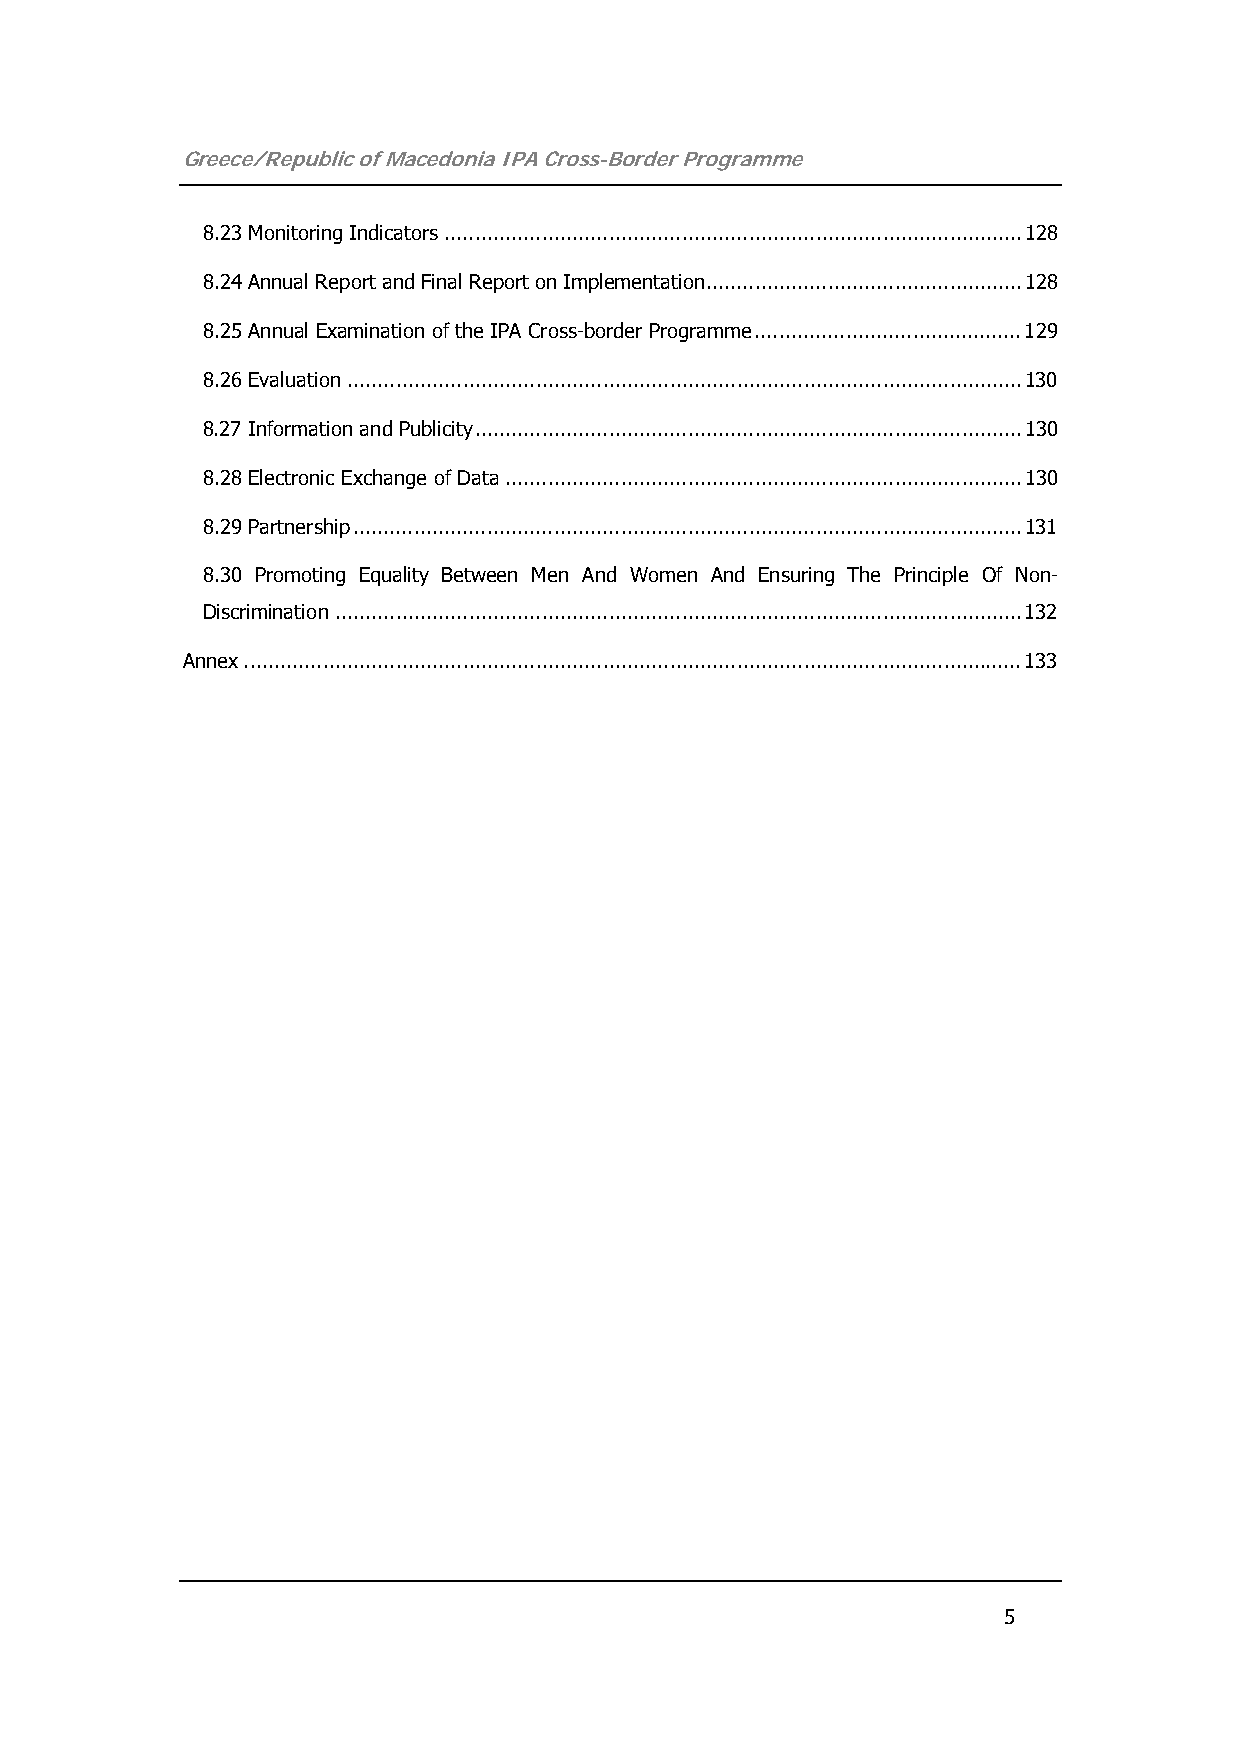
Greece/Republic of Macedonia IPA Cross-Border Programme
 8.23 Monitoring Indicators...............................................................................................128
 8.24 Annual Report and Final Report on Implementation....................................................128
 8.25 Annual Examination of the IPA Cross-border Programme............................................129
 8.26 Evaluation...............................................................................................................130
 8.27 Information and Publicity..........................................................................................130
 8.28 Electronic Exchange of Data.....................................................................................130
 8.29 Partnership..............................................................................................................131
 8.30 Promoting Equality Between Men And Women And Ensuring The Principle Of Non-
 Discrimination.................................................................................................................132
 Annex................................................................................................................................133
 5